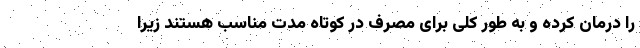
را درمان کرده و به طور کلی برای مصرف در کوتاه مدت مناسب هستند زیرا